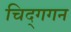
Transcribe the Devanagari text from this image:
चिद्‌गगन